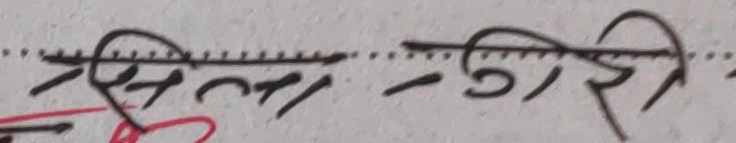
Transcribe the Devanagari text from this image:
सिन्धु - गिरी